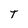
Character: T